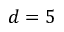
d = 5